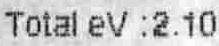
TOTAL EV :2.10